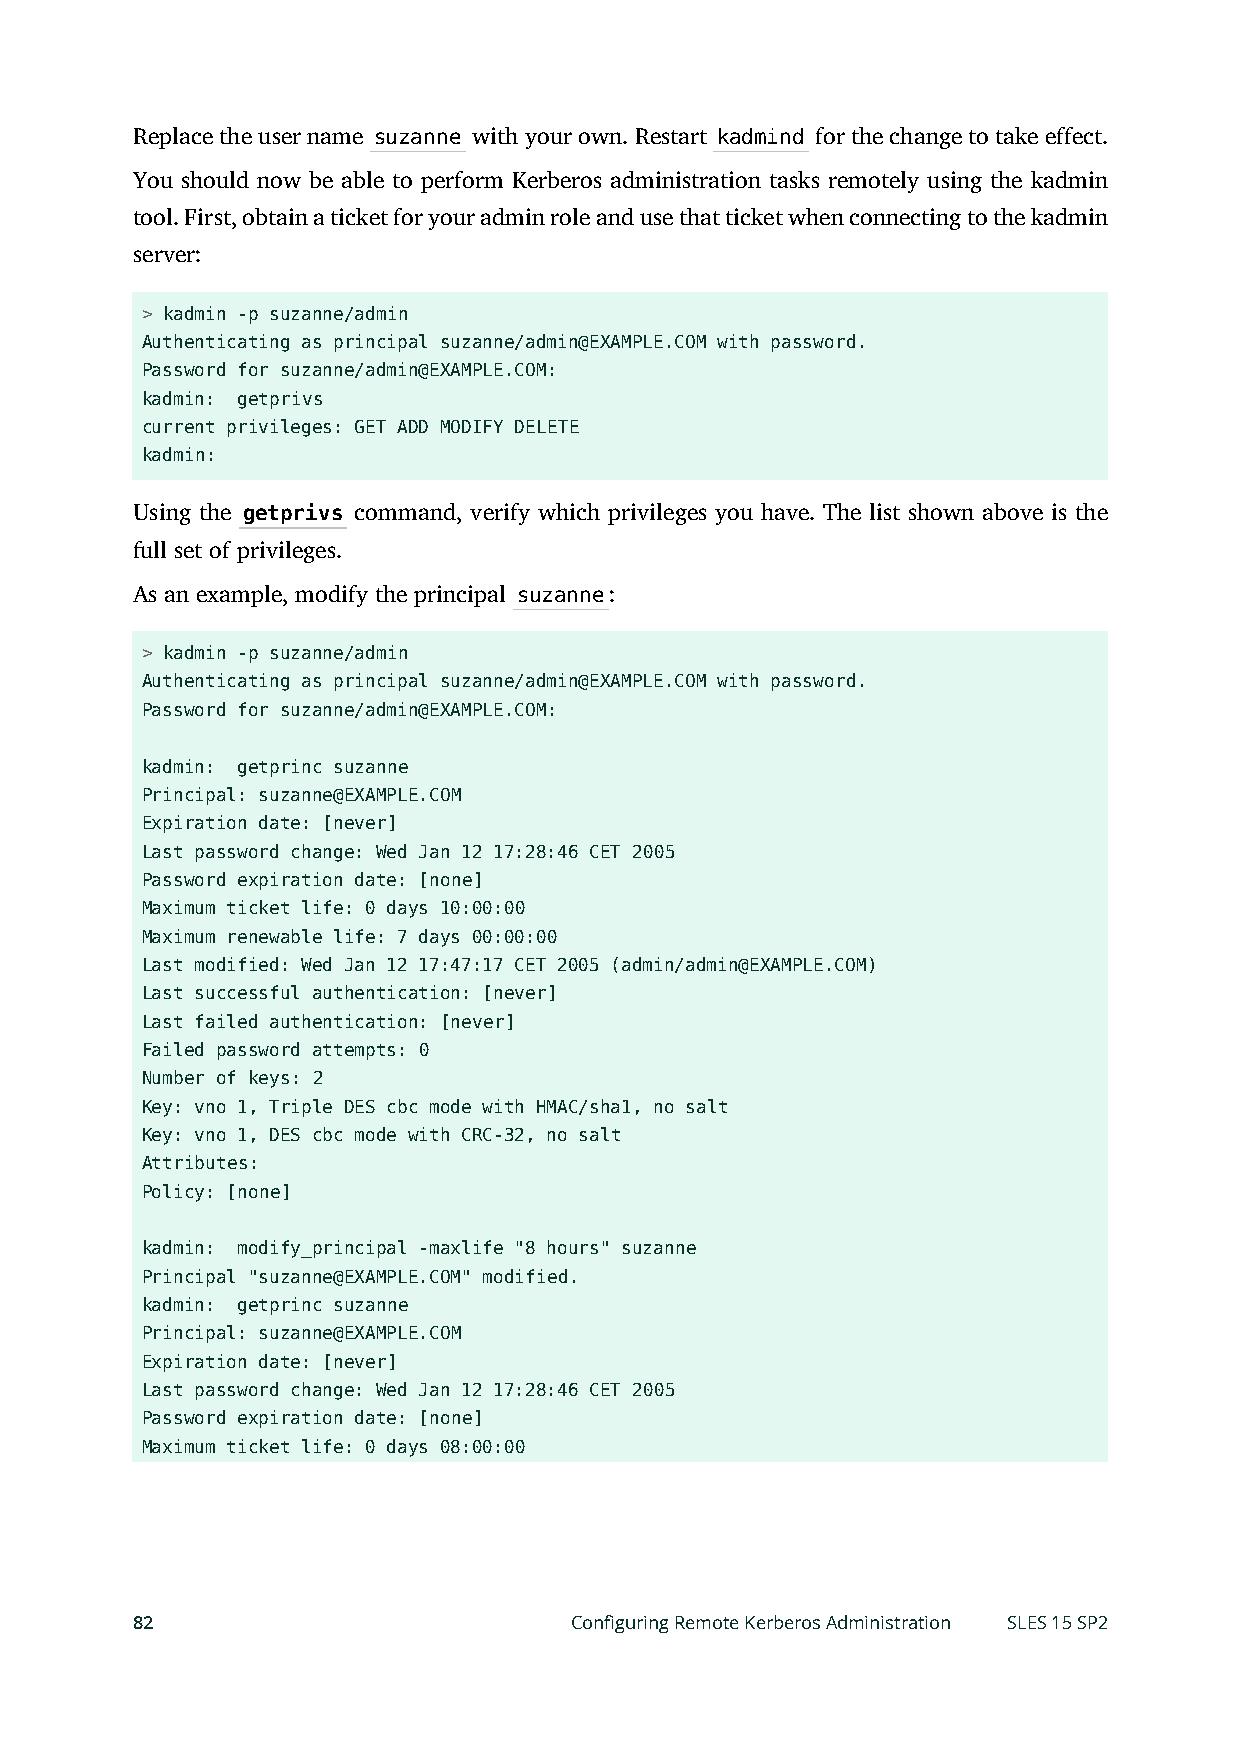
Replace the user name suzanne with your own. Restart kadmind for the change to take effect.
 You should now be able to perform Kerberos administration tasks remotely using the kadmin
 tool. First, obtain a ticket for your admin role and use that ticket when connecting to the kadmin
 server:
 > kadmin -p suzanne/admin
 Authenticating as principal suzanne/admin@EXAMPLE.COM with password.
 Password for suzanne/admin@EXAMPLE.COM:
 kadmin: getprivs
 current privileges: GET ADD MODIFY DELETE
 kadmin:
 Using the getprivs command, verify which privileges you have. The list shown above is the
 full set of privileges.
 As an example, modify the principal suzanne:
 > kadmin -p suzanne/admin
 Authenticating as principal suzanne/admin@EXAMPLE.COM with password.
 Password for suzanne/admin@EXAMPLE.COM:
 kadmin: getprinc suzanne
 Principal: suzanne@EXAMPLE.COM
 Expiration date: [never]
 Last password change: Wed Jan 12 17:28:46 CET 2005
 Password expiration date: [none]
 Maximum ticket life: 0 days 10:00:00
 Maximum renewable life: 7 days 00:00:00
 Last modified: Wed Jan 12 17:47:17 CET 2005 (admin/admin@EXAMPLE.COM)
 Last successful authentication: [never]
 Last failed authentication: [never]
 Failed password attempts: 0
 Number of keys: 2
 Key: vno 1, Triple DES cbc mode with HMAC/sha1, no salt
 Key: vno 1, DES cbc mode with CRC-32, no salt
 Attributes:
 Policy: [none]
 kadmin: modify_principal -maxlife "8 hours" suzanne
 Principal "suzanne@EXAMPLE.COM" modified.
 kadmin: getprinc suzanne
 Principal: suzanne@EXAMPLE.COM
 Expiration date: [never]
 Last password change: Wed Jan 12 17:28:46 CET 2005
 Password expiration date: [none]
 Maximum ticket life: 0 days 08:00:00
 82                           Configuring Remote Kerberos Administration SLES 15 SP2